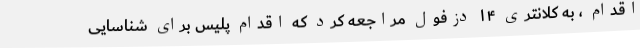
اقدام ، به کلانتری ۱۴ دزفول مراجعه کرد که اقدام پلیس برای شناسایی